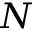
N